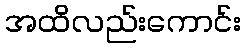
အထိလည်းကောင်း